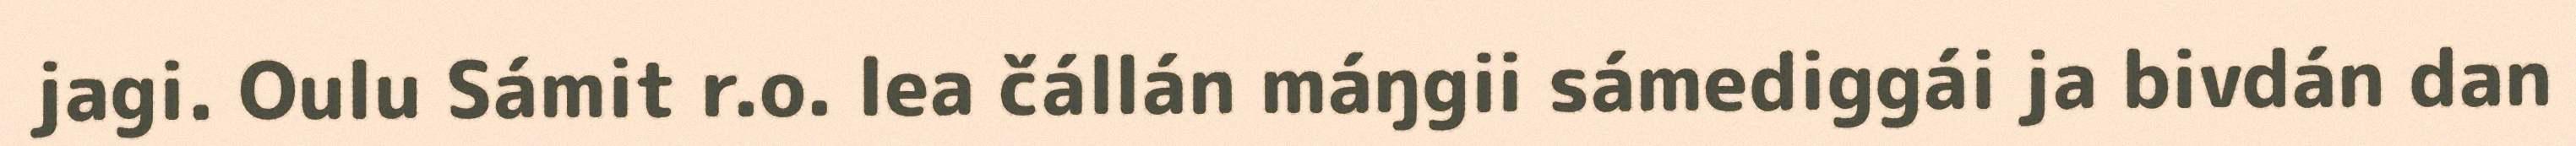
jagi. Oulu Sámit r.o. lea čállán máŋgii sámediggái ja bivdán dan